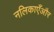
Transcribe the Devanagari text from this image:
नलिकाएँऔर